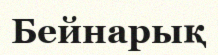
Бейнарық